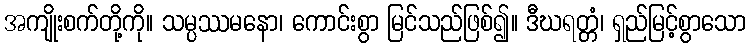
အကျိုးစက်တို့ကို။ သမ္ပဿမနော၊ ကောင်းစွာ မြင်သည်ဖြစ်၍။ ဒီဃရတ္တံ၊ ရှည်မြင့်စွာသော